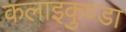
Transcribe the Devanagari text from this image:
कलाइकुण्डा